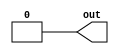
module gnd(
    output out
);

    assign out = 1'b0;

endmodule